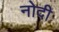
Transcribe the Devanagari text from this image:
नोदी